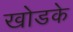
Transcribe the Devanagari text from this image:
खोडके